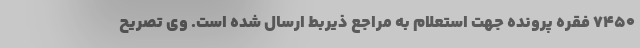
۷۴۵۰ فقره پرونده جهت استعلام به مراجع ذیربط ارسال شده است. وی تصریح